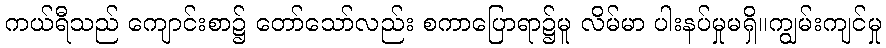
ကယ်ရီသည် ကျောင်းစာ၌ တော်သော်လည်း စကာပြောရာ၌မူ လိမ်မာ ပါးနပ်မှုမရှိ။ကျွမ်းကျင်မှု